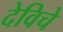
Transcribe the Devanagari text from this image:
देविचे